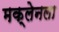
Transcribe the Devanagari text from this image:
मक्लेनला